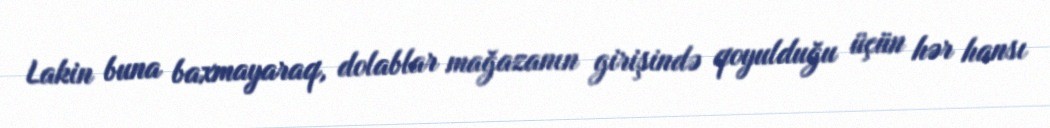
Lakin buna baxmayaraq, dolablar mağazanın girişində qoyulduğu üçün hər hansı